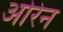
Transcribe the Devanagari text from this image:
ओरेन